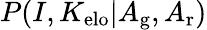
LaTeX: P(I,K_{\mathrm{elo}}|A_{\mathrm{g}},A_{\mathrm{r}})